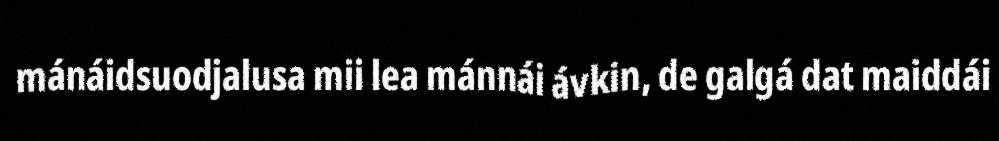
mánáidsuodjalusa mii lea mánnái ávkin, de galgá dat maiddái